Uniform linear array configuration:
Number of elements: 48
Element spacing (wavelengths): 0.75
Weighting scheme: exponential
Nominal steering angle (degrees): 30
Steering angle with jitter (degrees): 31.286
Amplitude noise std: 0.05
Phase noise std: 0.05

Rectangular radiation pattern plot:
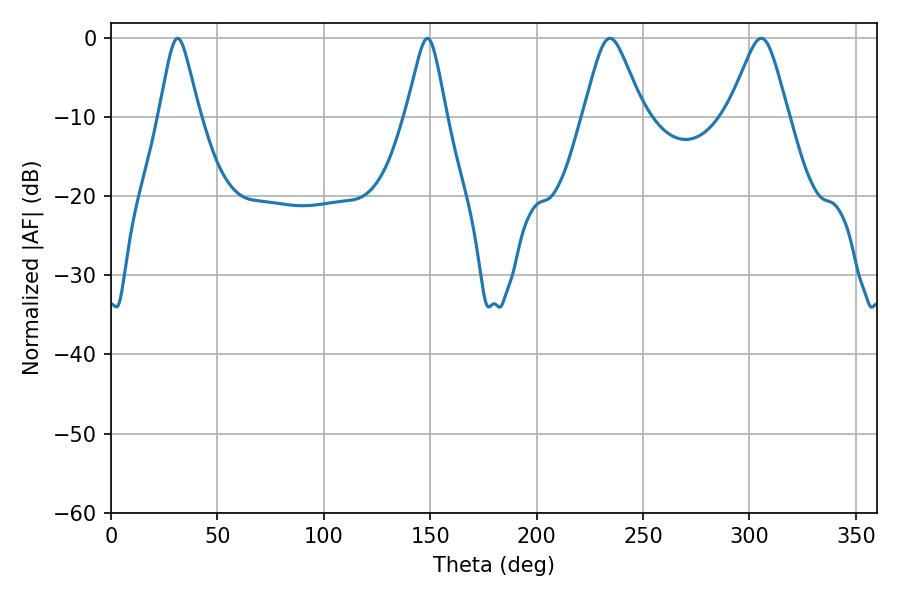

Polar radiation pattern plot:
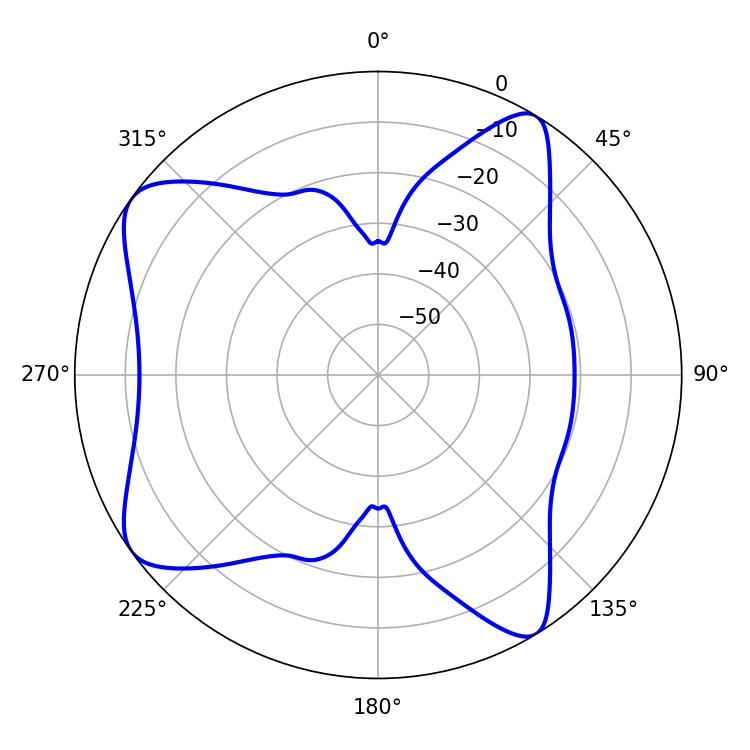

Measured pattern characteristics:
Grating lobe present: TRUE
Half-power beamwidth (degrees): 9
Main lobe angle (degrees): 31.32